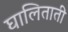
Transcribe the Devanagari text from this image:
घालिताती